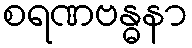
စရဏဗန္ဓနာ